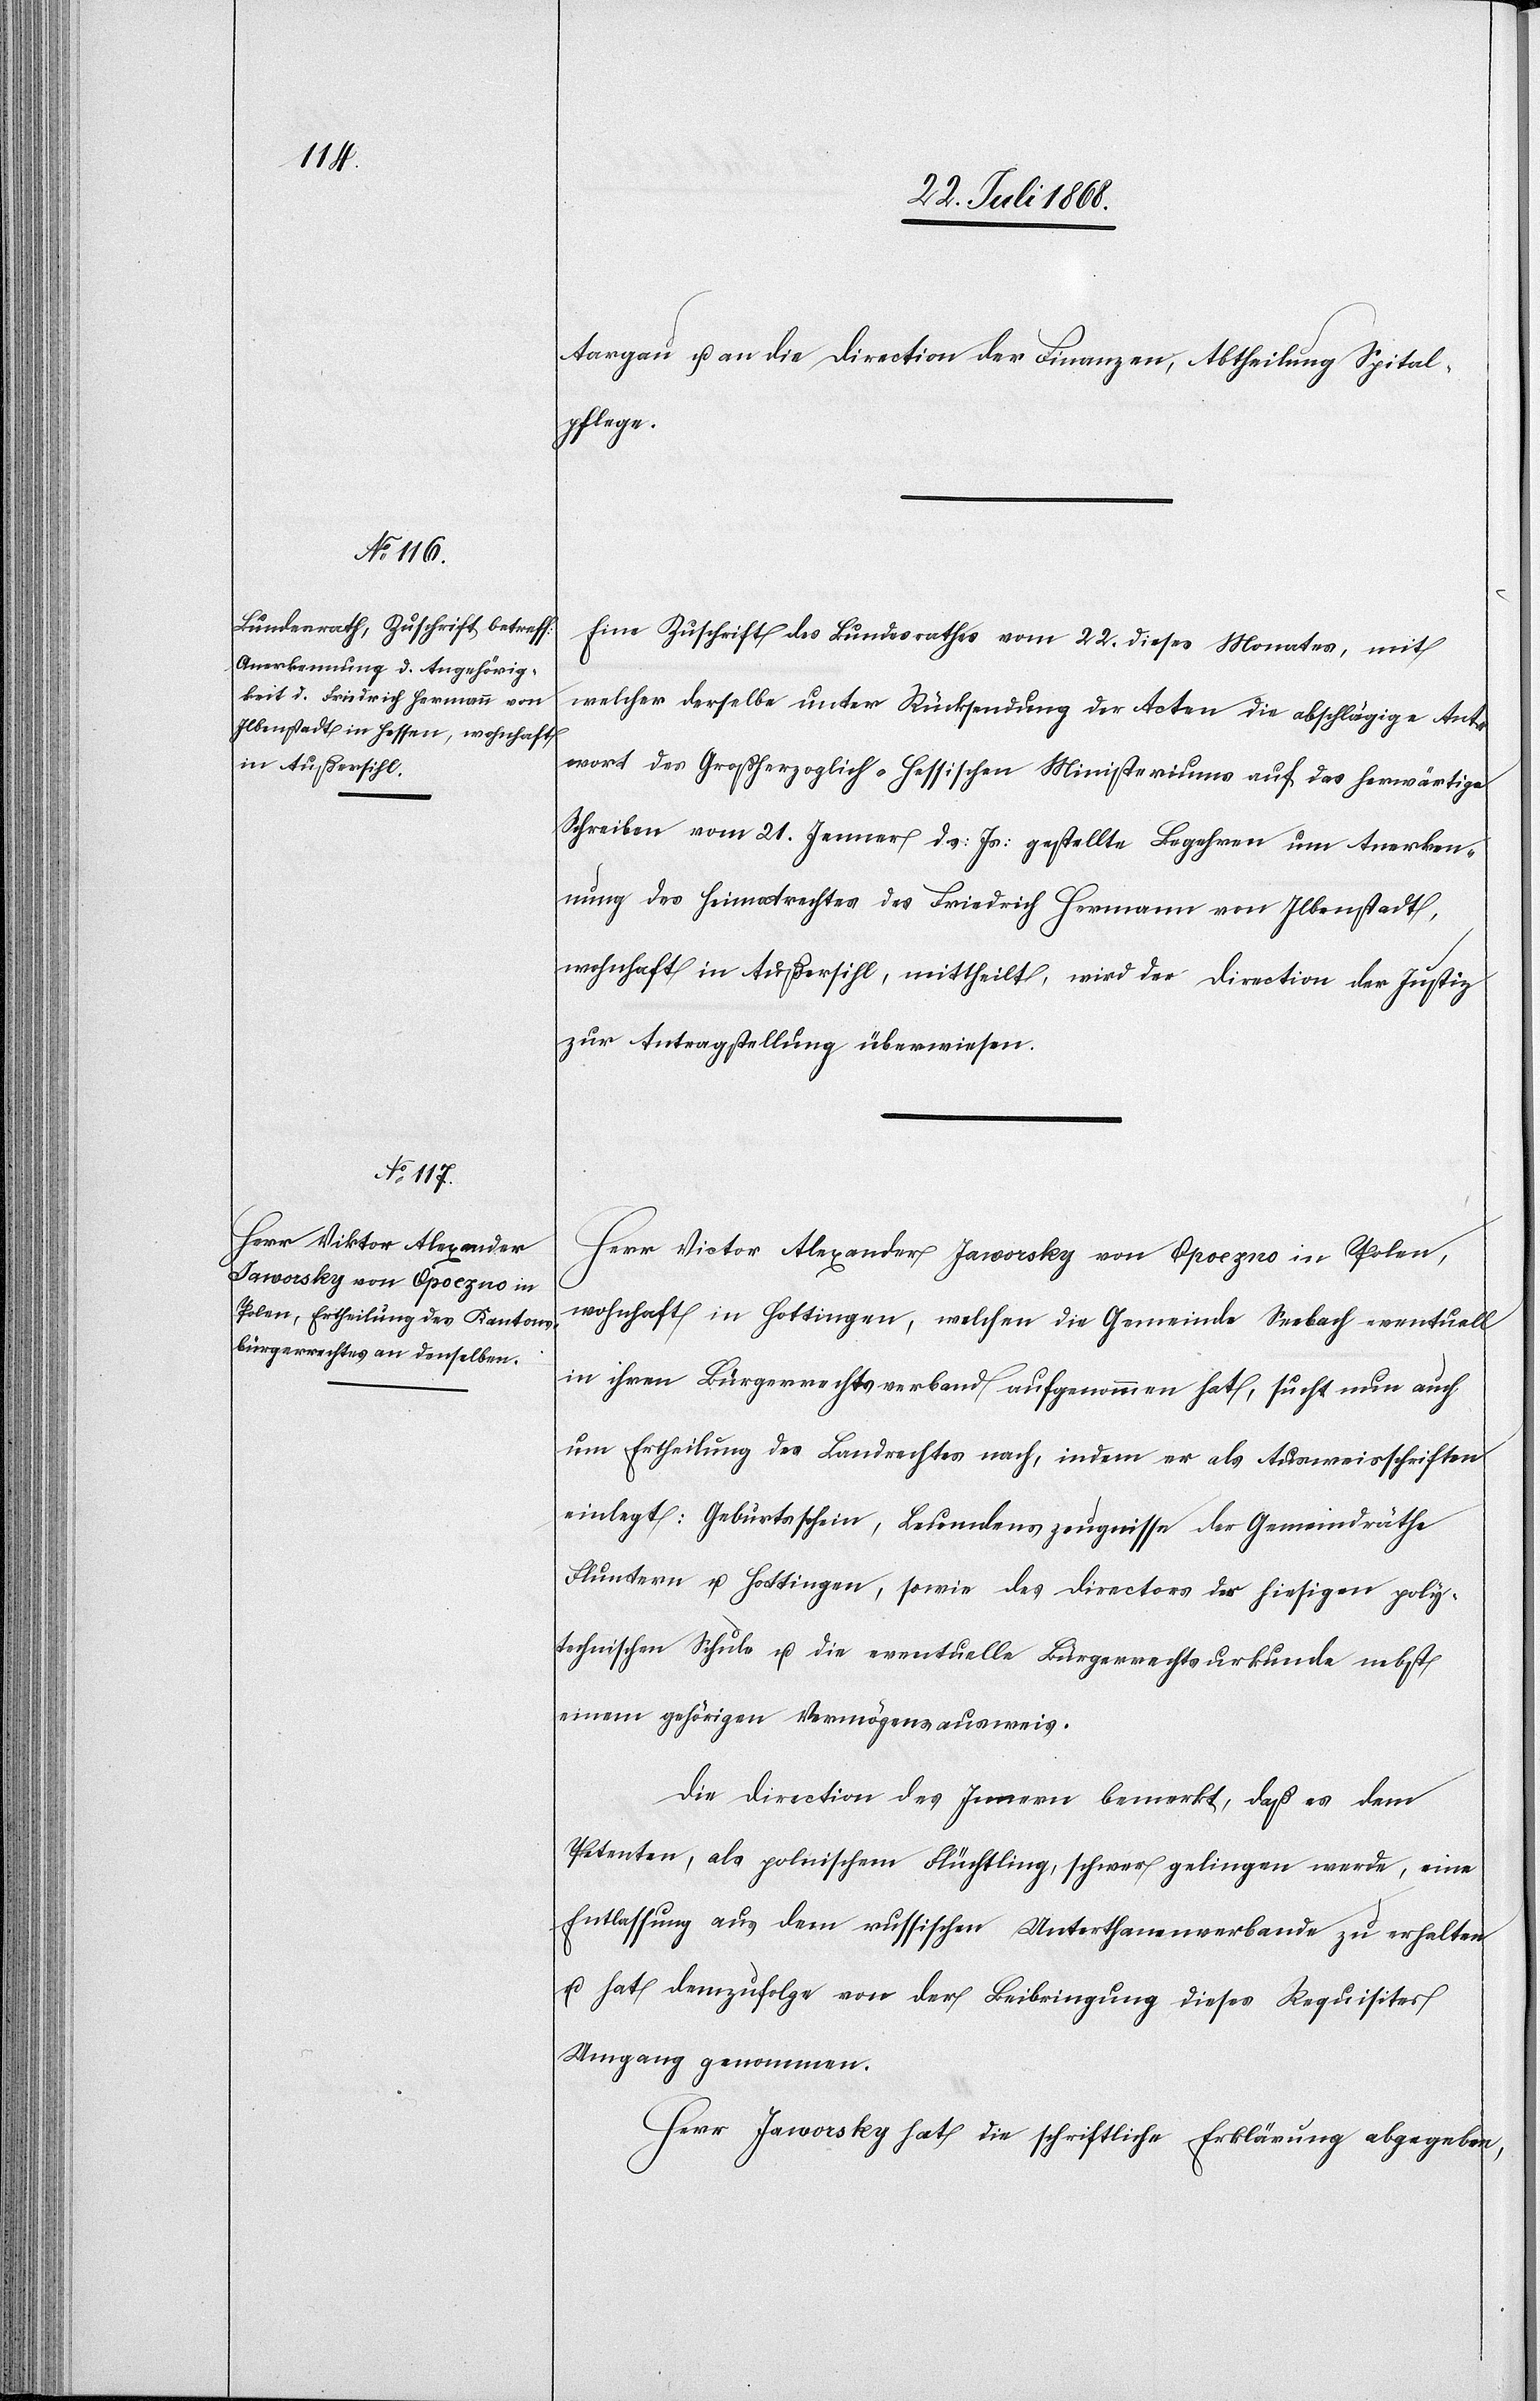
25. Juli 1868.]
Aargau u. an die Direction der Finanzen, Abtheilung Spital¬
pflege.
Eine Zuschrift des Bundesrathes vom 22. dieses Monates, mit
welcher derselbe unter Rücksendung der Acten die abschlägige Ant¬
wort des Großherzoglich-Hessischen Ministeriums auf das herwärtige
Schreiben vom 21. Jenner ds: Js: gestellte Begehren um Anerken¬
nung des Heimatrechtes des Friedrich Hermann von Ilbenstadt,
wohnhaft in Außersihl, mittheilt, wird der Direction der Justiz
zur Antragstellung überwiesen.
Herr Victor Alexander Jaworsky von Opoczno in Polen,
wohnhaft in Hottingen, welchen die Gemeinde Seebach eventuell
in ihren Bürgerrechtsverband aufgenommen hat, sucht nun auch
um Ertheilung des Landrechtes nach, indem er als Ausweisschriften
einlegt: Geburtsschein, Leumdenszeugnisse der Gemeindräthe
Fluntern u. Hottingen, sowie des Directors des hiesigen poly¬
technischen Schule u. die eventuelle Bürgerrechtsurkunde nebst
einem gehörigen Vermögensausweis.
Die Direction des Innern bemerkt, daß es dem
Petenten, als polnischem Flüchtling, schwer gelingen werde, eine
Entlassung aus dem russischen Unterthanenverbande zu erhalten
u. hat demzufolge von der Beibringung dieses Requisites
Umgang genommen.
Herr Jaworsky hat die schriftliche Erklärung abgegeben,